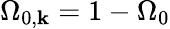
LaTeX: \Omega_{0,\mathbf{k}}=1-\Omega_{0}